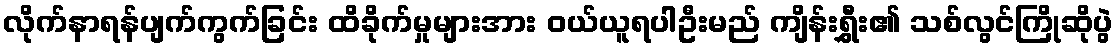
လိုက်နာရန်ပျက်ကွက်ခြင်း ထိခိုက်မှုများအား ဝယ်ယူရပါဦးမည် ကျိန်းရွှီး၏ သစ်လွင်ကြိုဆိုပွဲ